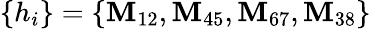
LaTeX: \left\{ h_{i}\right\} =\left\{ \mathbf{M}_{12},\mathbf{M}_{45},\mathbf{M}_{67},\mathbf{M}_{38}\right\}